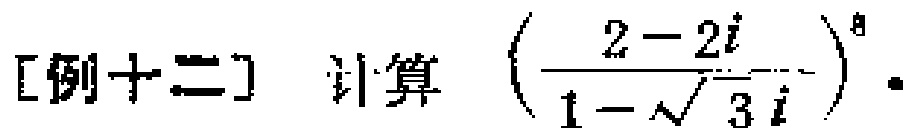
[例十二] 计算 $\left(\frac{2 - 2i}{1 - \sqrt{3}i}\right)^{8}$ 。